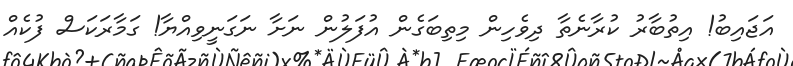
އަޖައިބު! އިތުބާރު ކުރާނެތާ ދިވެހިން މިތިބަގެން އުފަލުން ނަށާ ނަގަނީވިއްޔާ! ގަމާރަކަސް ފުކެއް